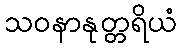
သဝနာနုတ္တရိယံ